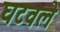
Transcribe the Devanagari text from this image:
घटवले